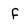
Character: f